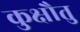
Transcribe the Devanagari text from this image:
कुक्षौतु